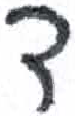
אות: ד